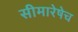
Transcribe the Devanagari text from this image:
सीमारेषेच